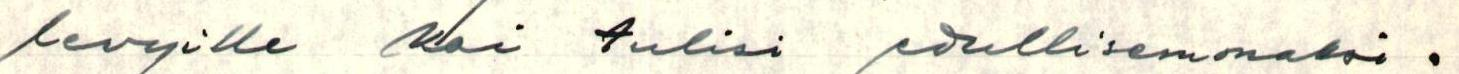
levyille kai tulisi edullisemmaksi.